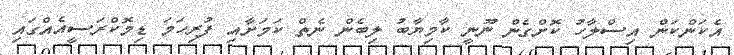
އެކަންކަން އިސްލާހު ކޮށްގެން ނޫނީ ކާމިޔާބު ލިބެން ނެތް ކަމަށާއި ފުރިހަމަ ޑިމޮކްރަސީއެއްގައި